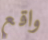
واقع